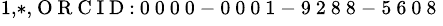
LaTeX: ^{1,*,\mathrm{~O~R~C~I~D~:~0~0~0~0~-~0~0~0~1~-~9~2~8~8~-~5~6~0~8~}}